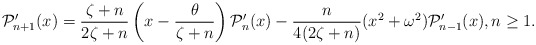
\begin{align*}\mathcal{P}'_{n+1}(x)=\dfrac{\zeta+n}{2\zeta+n} \left(x-\dfrac{\theta}{\zeta+n}\right)\mathcal{P}'_n(x)-\dfrac{n}{4(2\zeta+n)} (x^2+\omega^2)\mathcal{P}'_{n-1}(x), n \geq 1.\end{align*}